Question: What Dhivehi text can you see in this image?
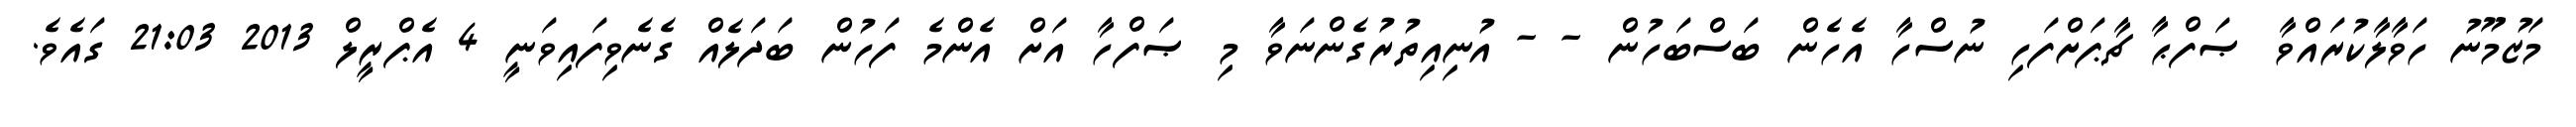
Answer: މަޒުމޫނު ހަވާލާކުރައްވާ ޞަފްޙާ ޗާޕަށްފަހި ނުސްހާ އެހެން ބަސްބަހުން - - އުނިއިތުރުގެންނަވާ މި ޞަފްހާ އަށް އެންމެ ފަހުން ބަދަލެއް ގެނެވިފައިވަނީ 4 އެޕްރީލް 2013 21:03 ގައެވެ.